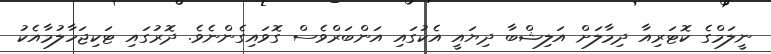
ނީލަމްގެ ކޮޓަރިއާ ދިމާލަށް އަލިޝްބާ ދިޔައީ އެކުގައި އަންބަރްވެސް ގޮވައިގެންނެވެ. ދޮރުގައި ޓަކިޖަހާލުމާއެކު